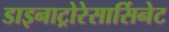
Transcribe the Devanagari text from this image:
डाइनाट्रोरेसार्सिनेट